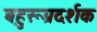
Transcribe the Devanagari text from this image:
बहुरूप्रदर्शक